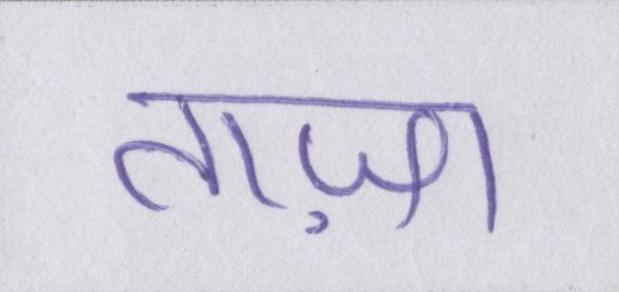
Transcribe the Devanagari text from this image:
ताज़ा